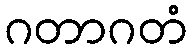
ဂတာဂတံ